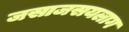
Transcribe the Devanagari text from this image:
जसाजसयलाग